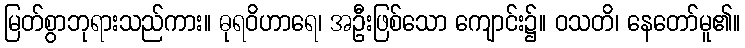
မြတ်စွာဘုရားသည်ကား။ ဓုရဝိဟာရေ၊ အဦးဖြစ်သော ကျောင်း၌။ ဝသတိ၊ နေတော်မူ၏။